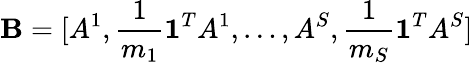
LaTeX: \mathbf{B}=[A^{1},\frac{{1}}{{m_{1}}}\mathbf{{1}}^{T}A^{1},\ldots,A^{S},\frac{{1}}{{m_{S}}}\mathbf{{1}}^{T}A^{S}]